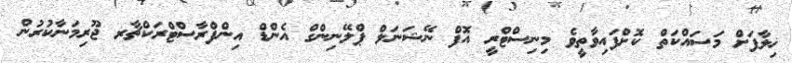
ޚިލާފަށް މަސައްކަތް ކޮށްފައިވާތީވެ މިނިސްޓްރީ އޮފް ނޭޝަނަލް ޕްލޭނިންގް އެންޑް އިންފްރާސްޓްރަކްޗާރ ޖޫރިމަނާކުރުން